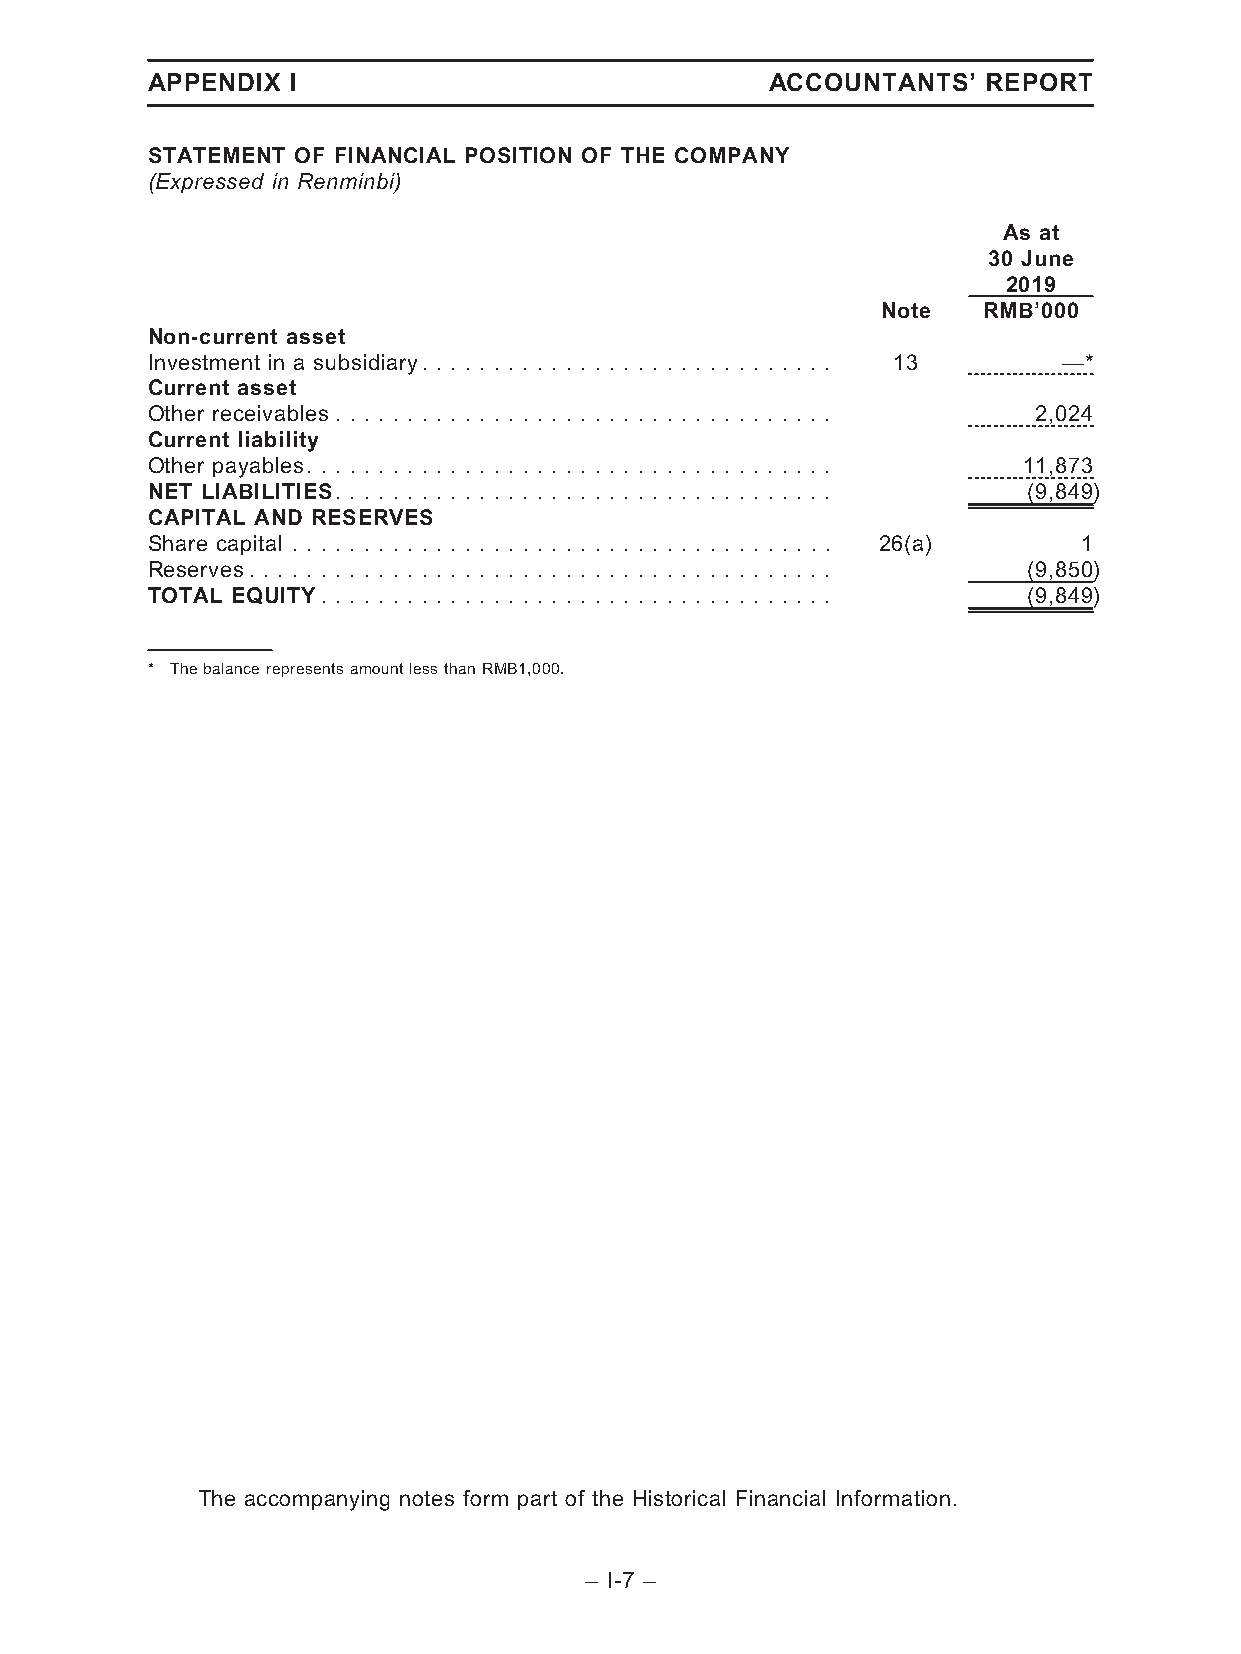
APPENDIX I                               ACCOUNTANTS’  REPORT
 STATEMENT OF FINANCIAL POSITION OF THE COMPANY
 (Expressed in Renminbi)
 As at
 30 June
 2019
 Note   RMB’000
 Non-current asset
 Investment in a subsidiary. . . . . . . . . . . . . . . . . . . . . . . . . . . . . 13 —*
 Current asset
 Other receivables. . . . . . . . . . . . . . . . . . . . . . . . . . . . . . . . . . . 2,024
 Current liability
 Other payables. . . . . . . . . . . . . . . . . . . . . . . . . . . . . . . . . . . . . 11,873
 NET LIABILITIES. . . . . . . . . . . . . . . . . . . . . . . . . . . . . . . . . . . (9,849)
 CAPITAL AND RESERVES
 Share capital . . . . . . . . . . . . . . . . . . . . . . . . . . . . . . . . . . . . . . 26(a) 1
 Reserves. . . . . . . . . . . . . . . . . . . . . . . . . . . . . . . . . . . . . . . . . (9,850)
 TOTAL EQUITY. . . . . . . . . . . . . . . . . . . . . . . . . . . . . . . . . . . . (9,849)
 * ThebalancerepresentsamountlessthanRMB1,000.
 The accompanying notes form part of the Historical Financial Information.
 – I-7 –